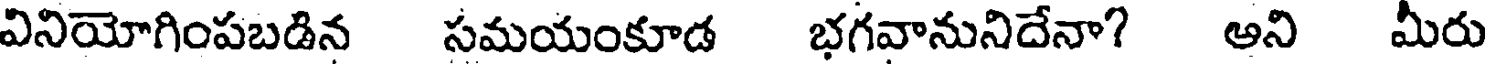
వినియోగింపబడిన సమయంకూడ భగవానునిదేనా? అని మీరు